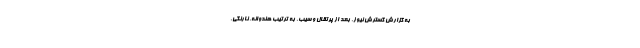
به گزارش گسترش نیوز، بعد از پرتقال و سیب، به ترتیب هندوانه، نارنگی،